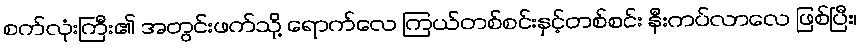
စက်လုံးကြီး၏ အတွင်းဖက်သို့ ရောက်လေ ကြယ်တစ်စင်းနှင့်တစ်စင်း နီးကပ်လာလေ ဖြစ်ပြီး၊